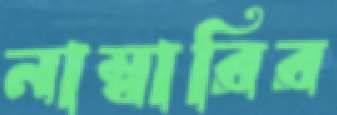
নাম্বারির